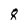
Character: 8